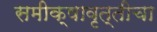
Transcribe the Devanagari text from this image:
समीक्षावृत्तीचा